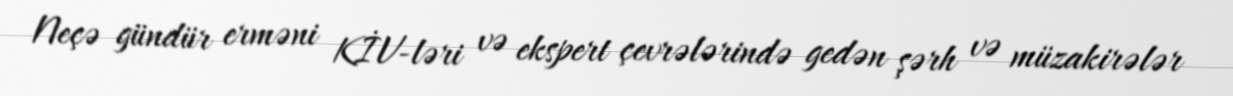
Neçə gündür erməni KİV-ləri və ekspert çevrələrində gedən şərh və müzakirələr